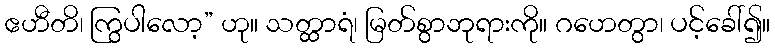
ဧဟီတိ၊ ကြွပါလော့” ဟု။ သတ္ထာရံ၊ မြတ်စွာဘုရားကို။ ဂဟေတွာ၊ ပင့်ခေါ်၍။